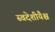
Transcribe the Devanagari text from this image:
स्वदेशीयैश्च